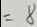
= 8